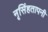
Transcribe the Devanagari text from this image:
नृसिंहतापनी